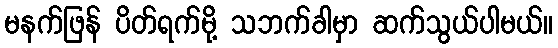
မနက်ဖြန် ပိတ်ရက်မို့ သဘက်ခါမှာ ဆက်သွယ်ပါမယ်။